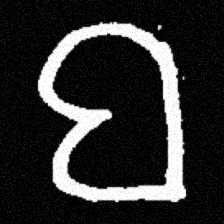
Pyu character \u2014 Myanmar letter: ဗ (romanized: ba)